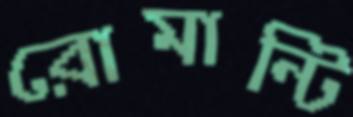
রোমান্টি